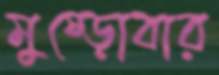
মুষ্‌ড়োবার